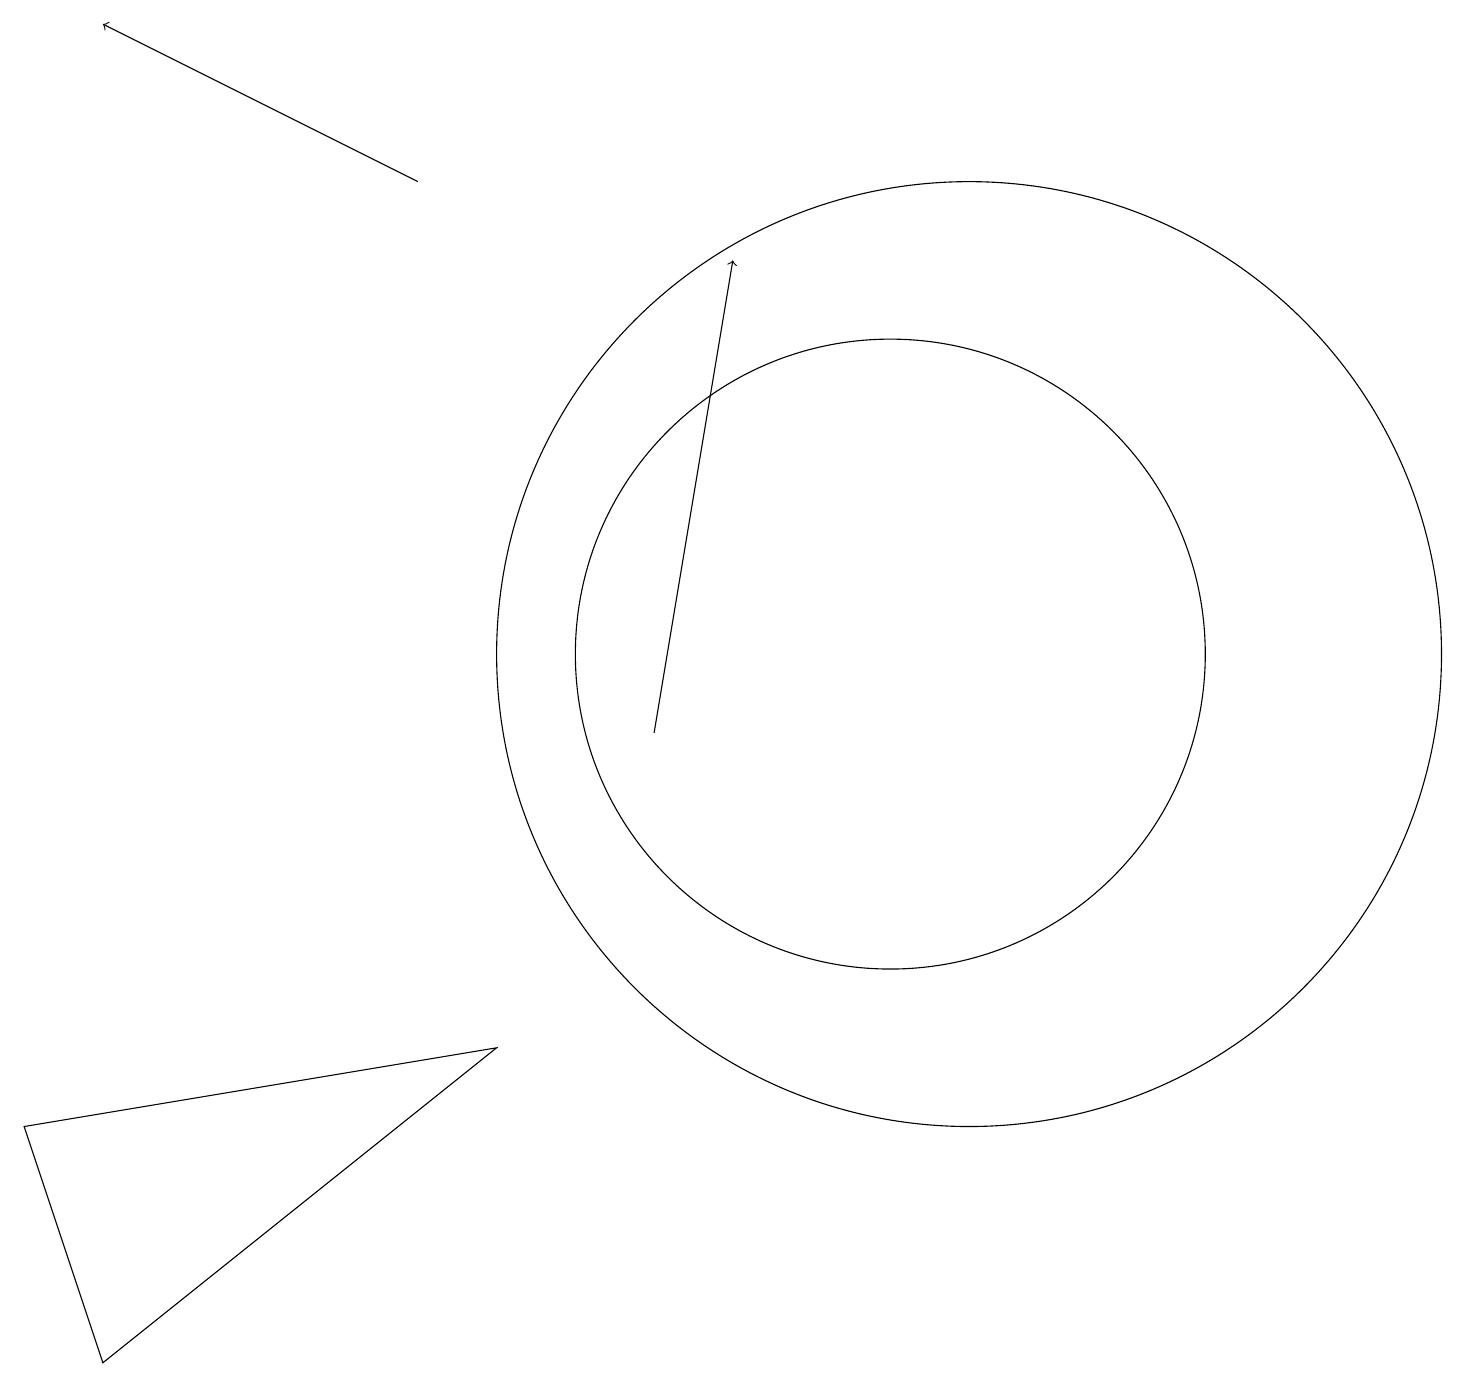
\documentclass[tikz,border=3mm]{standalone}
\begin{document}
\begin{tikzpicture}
\draw (0,5) -- (1,2) -- (6,6) -- cycle;
\draw (11,11) circle (4);
\draw[->] (5,17) -- (1,19);
\draw (12,11) circle (6);
\draw[->] (8,10) -- (9,16);
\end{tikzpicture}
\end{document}